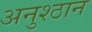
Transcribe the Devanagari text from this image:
अनुश्ठान